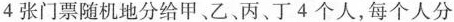
4 张门票随机地分给甲、乙、丙、丁4个人，每个人分